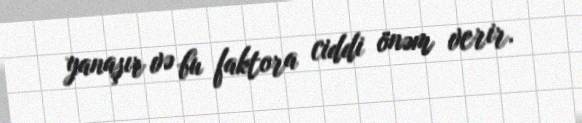
yanaşır və bu faktora ciddi önəm verir.